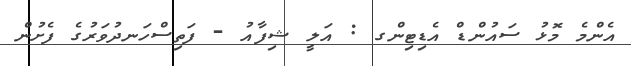
އެންމެ މޮޅު ސައުންޑް އެޑިޓިންގ : އަލީ ޝިފާއު - ފަތިސްހަނދުވަރުގެ ފެށުން